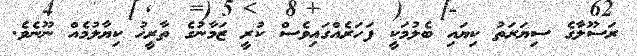
ރަސޫލާގެ ސިޔަރަތު ކިޔައި ބެލުމަކީ ފަހަރެއްގައިވެސް ކުރީ ޒަމާނުގެ ތާރީޚު ކިޔާލުމެއް ނޫނެވެ.